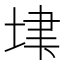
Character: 𡋶